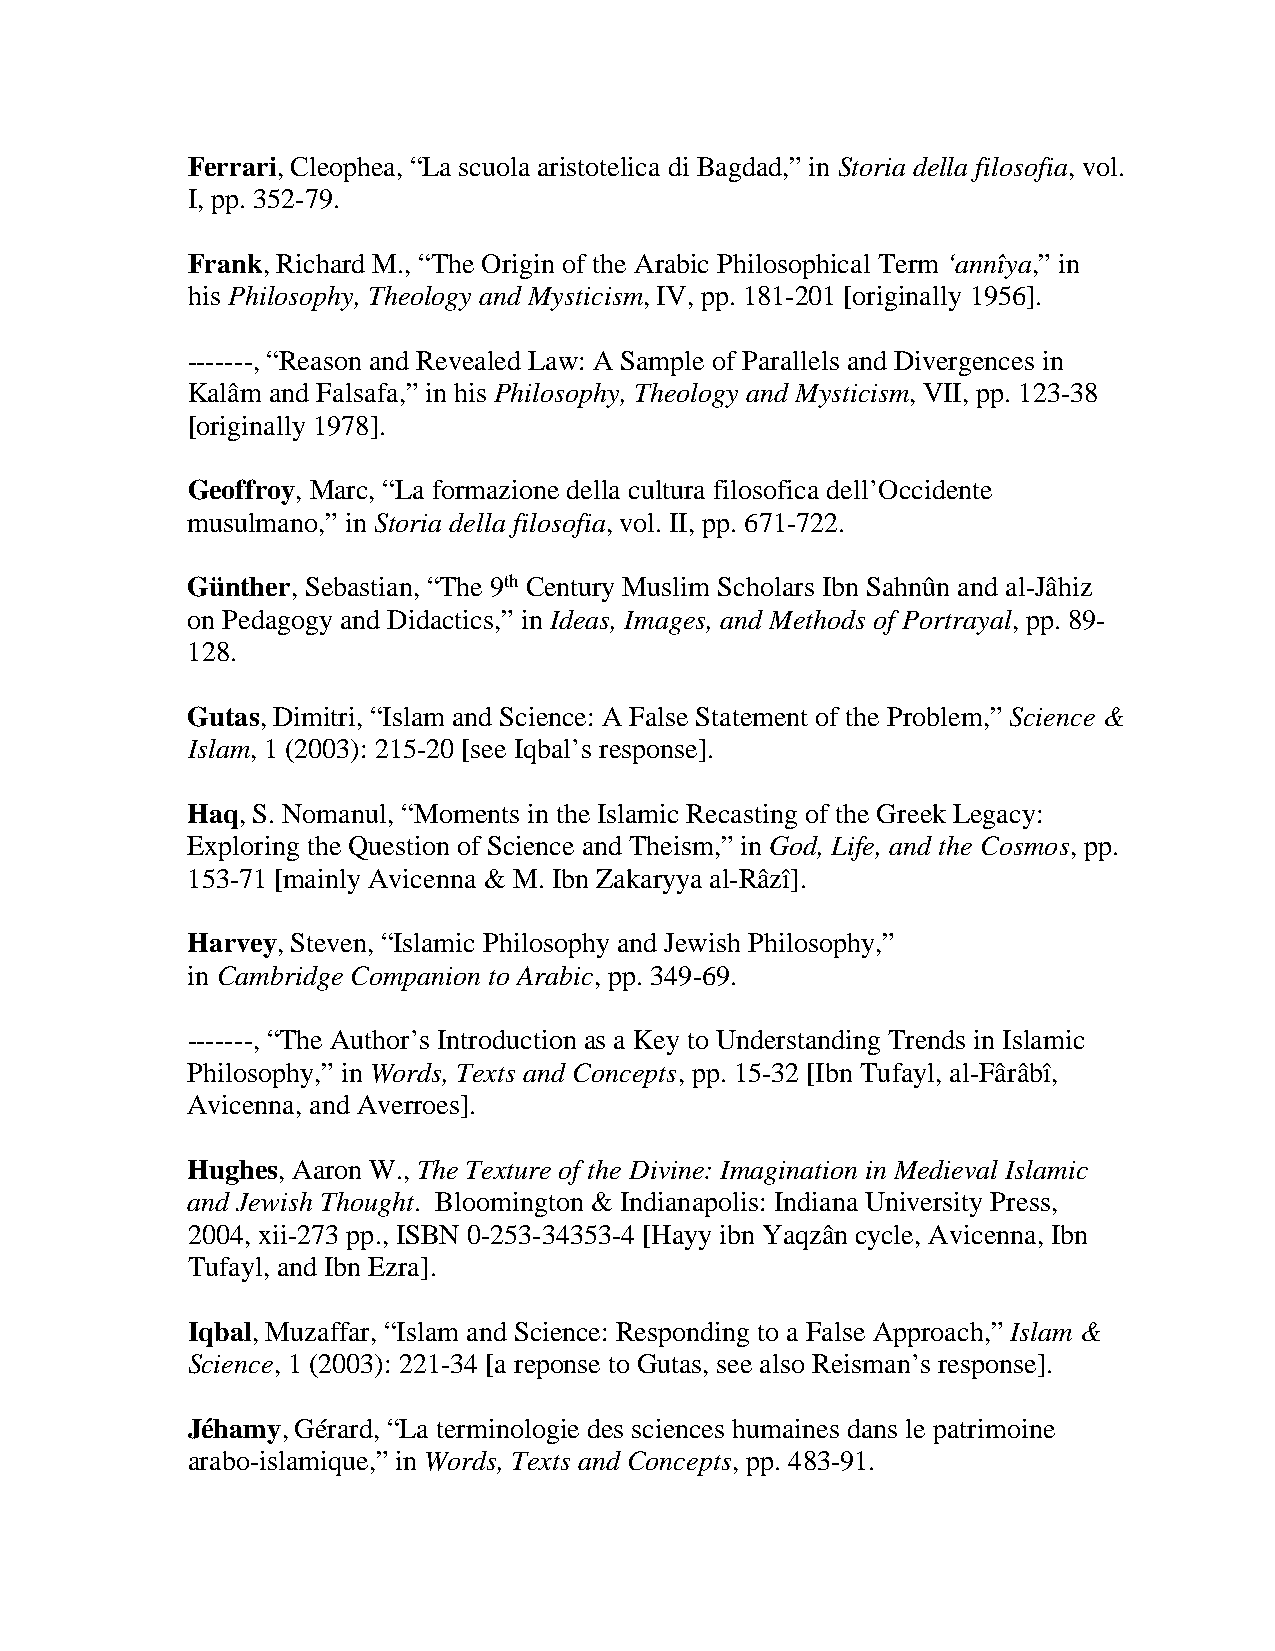
Ferrari, Cleophea, “La scuola aristotelica di Bagdad,” in Storia della filosofia, vol.
 I, pp. 352-79.
 Frank, Richard M., “The Origin of the Arabic Philosophical Term ‘annîya,” in
 his Philosophy, Theology and Mysticism, IV, pp. 181-201 [originally 1956].
 -------, “Reason and Revealed Law: A Sample of Parallels and Divergences in
 Kalâm and Falsafa,” in his Philosophy, Theology and Mysticism, VII, pp. 123-38
 [originally 1978].
 Geoffroy, Marc, “La formazione della cultura filosofica dell’Occidente
 musulmano,” in Storia della filosofia, vol. II, pp. 671-722.
 Günther, Sebastian, “The 9th Century Muslim Scholars Ibn Sahnûn and al-Jâhiz
 on Pedagogy and Didactics,” in Ideas, Images, and Methods of Portrayal, pp. 89-
 128.
 Gutas, Dimitri, “Islam and Science: A False Statement of the Problem,” Science &
 Islam, 1 (2003): 215-20 [see Iqbal’s response].
 Haq, S. Nomanul, “Moments in the Islamic Recasting of the Greek Legacy:
 Exploring the Question of Science and Theism,” in God, Life, and the Cosmos, pp.
 153-71 [mainly Avicenna & M. Ibn Zakaryya al-Râzî].
 Harvey, Steven, “Islamic Philosophy and Jewish Philosophy,”
 in Cambridge Companion to Arabic, pp. 349-69.
 -------, “The Author’s Introduction as a Key to Understanding Trends in Islamic
 Philosophy,” in Words, Texts and Concepts, pp. 15-32 [Ibn Tufayl, al-Fârâbî,
 Avicenna, and Averroes].
 Hughes, Aaron W., The Texture of the Divine: Imagination in Medieval Islamic
 and Jewish Thought. Bloomington & Indianapolis: Indiana University Press,
 2004, xii-273 pp., ISBN 0-253-34353-4 [Hayy ibn Yaqzân cycle, Avicenna, Ibn
 Tufayl, and Ibn Ezra].
 Iqbal, Muzaffar, “Islam and Science: Responding to a False Approach,” Islam &
 Science, 1 (2003): 221-34 [a reponse to Gutas, see also Reisman’s response].
 Jéhamy, Gérard, “La terminologie des sciences humaines dans le patrimoine
 arabo-islamique,” in Words, Texts and Concepts, pp. 483-91.